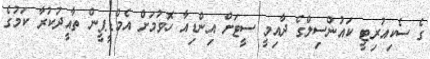
ގެ ސެކިއުރިޓީ ކައުންސިލްގެ ދާއިމީ ސީޓަށް އިންޑިއާ ހޮވުމަށް އެމްޑީޕީން ތާއީދުކުރާ ކަމުގެ